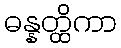
ဓန္နတ္ထိကာ